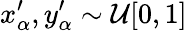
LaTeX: x_{\alpha}^{\prime},y_{\alpha}^{\prime}\sim\mathcal{U}[0,1]